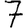
Digit: 7